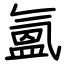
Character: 氳